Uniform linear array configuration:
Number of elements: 4
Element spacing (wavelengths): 0.25
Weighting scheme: hann
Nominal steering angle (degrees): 15
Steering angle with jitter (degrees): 15.301
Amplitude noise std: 0.05
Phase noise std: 0.05

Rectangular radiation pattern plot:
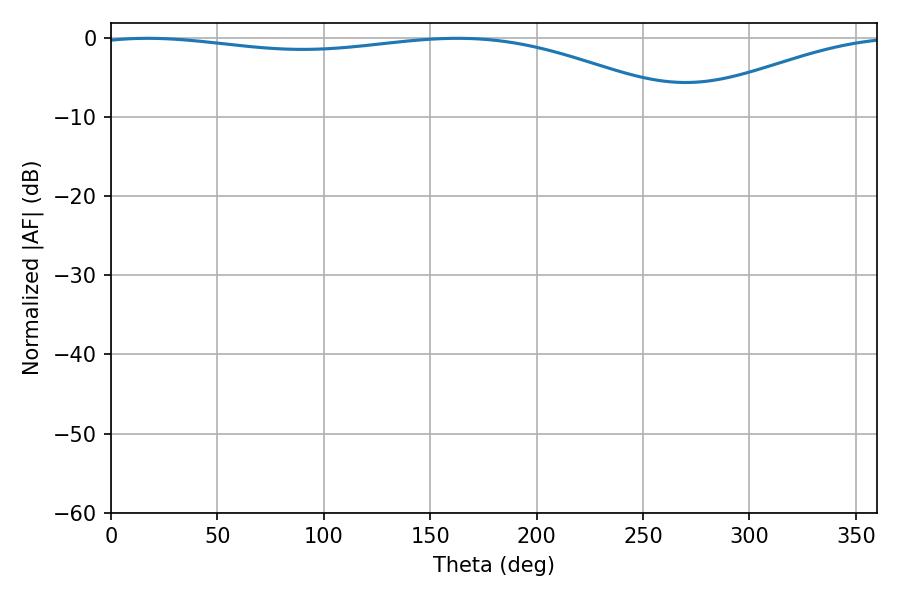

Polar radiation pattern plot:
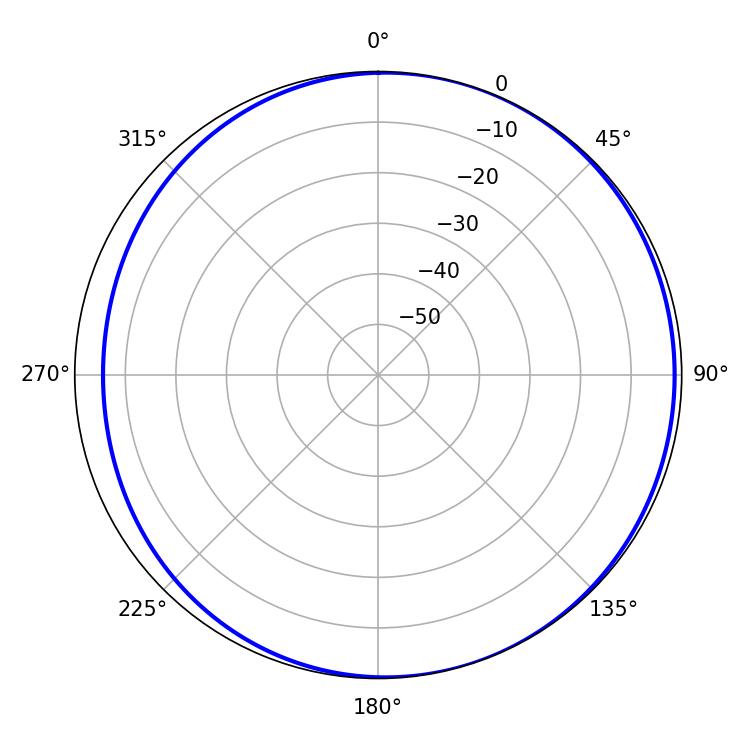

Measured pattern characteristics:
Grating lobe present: FALSE
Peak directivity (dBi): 3.991
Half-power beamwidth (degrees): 224.64
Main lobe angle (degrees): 17.28